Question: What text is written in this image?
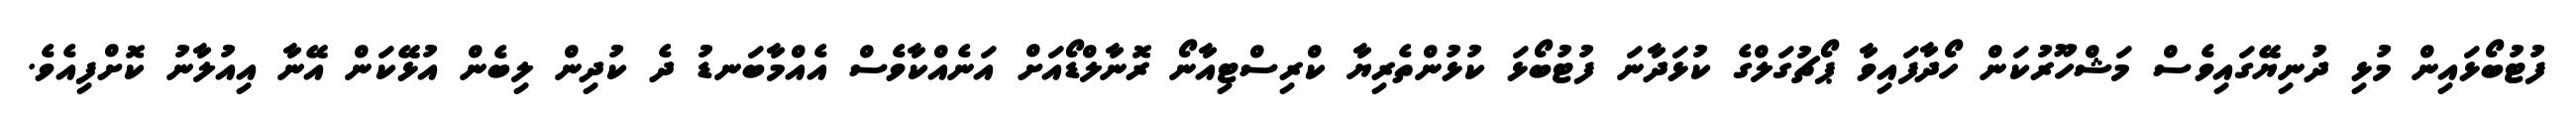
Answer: ފުޓުބޯޅައިން މުޅި ދުނިޔޭގައިވެސް މަޝްހޫރުކަން ހޯދާފައިވާ ޕޯޗުގަލްގެ ކުޅަދާނަ ފުޓުބޯޅަ ކުޅުންތެރިޔާ ކްރިސްޓިއާނޯ ރޮނާލްޑޯއަށް އަނެއްކާވެސް އެއްމާބަނޑު ދެ ކުދިން ލިބެން އުޅޭކަން އޭނާ އިއުލާނު ކޮށްފިއެވެ.